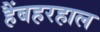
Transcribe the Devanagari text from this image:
हैंबहरहाल